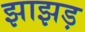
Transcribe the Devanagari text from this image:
झाझड़